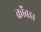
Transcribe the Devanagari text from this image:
कोंंबडा